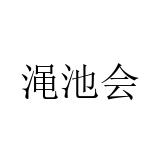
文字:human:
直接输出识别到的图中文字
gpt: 渑池会